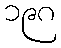
၁၉၈